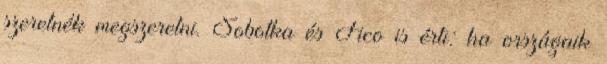
szeretnék megszeretni. Sobotka és Fico is érti: ha országaik